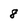
Character: 8